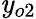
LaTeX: \mathit{y}_{o2}